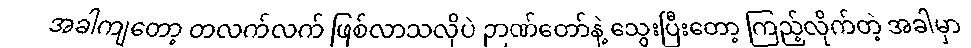
အခါကျတော့ တလက်လက် ဖြစ်လာသလိုပဲ ဉာဏ်တော်နဲ့ သွေးပြီးတော့ ကြည့်လိုက်တဲ့ အခါမှာ